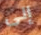
إلى